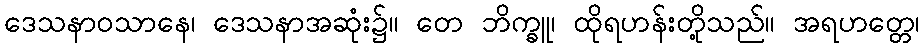
ဒေသနာဝသာနေ၊ ဒေသနာအဆုံး၌။ တေ ဘိက္ခူ၊ ထိုရဟန်းတို့သည်။ အရဟတ္တေ၊